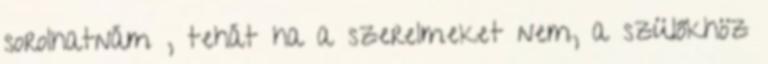
sorolhatnám , tehát ha a szerelmeket nem, a szülőkhöz